Report of the Bombay Plague Committee
Disease focus: Plague
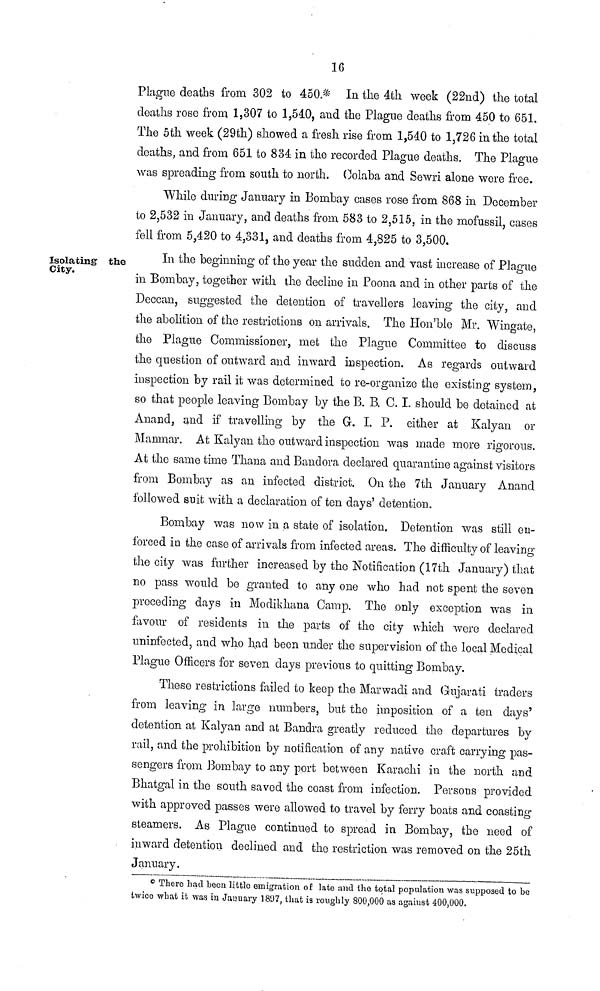
16
Plague deaths from 302 to 450.* In the 4th week (22nd) the total
deaths rose from 1,307 to 1,540, and the Plague deaths from 450 to 651.
The 5th week (29th) showed a fresh rise from 1,540 to 1,726 in the total
deaths, and from 651 to 834 in the recorded Plague deaths. The Plague
was spreading from south to north. Colaba and Sewri alone were free.
While during January in Bombay cases rose from 868 in December
to 2,532 in January, and deaths from 583 to 2,515, in the mofussil, cases
fell from 5,420 to 4,331, and deaths from 4,825 to 3,500.
isolating' the
City.
In the beginning of the year the sudden and vast increase of Plague
in Bombay, together with the decline in Poona and in other parts of the
Deccan, suggested the detention of travellers leaving the city, and
the abolition of the restrictions on arrivals. The Hon'ble Mr. Wingate,
the Plague Commissioner, met the Plague Committee to discuss
the question of outward and inward inspection. As regards outward
inspection by rail it was determined to re-organize the existing system,
so that people leaving Bombay by the B. B, C. I. should be detained at
Anand, and if travelling by the G. I. P. either at Kalyan or
Manmar. At Kalyan the outward inspection was made more rigorous.
At the same time Thana and Bandora declared quarantine against visitors
from Bombay as an infected district. On the 7th January Anand
followed suit with a declaration of ten days' detention.
Bombay was now in a state of isolation. Detention was still en-
forced in the case of arrivals from infected areas. The difficulty of leaving
the city was further increased by the Notification (17th January) that
no pass would be granted to any one who had not spent the seven
preceding days in Modikhana Camp. The only exception was in
favour of residents in the parts of the city which wore declared
uninfected, and who had been under the supervision of the local Medical
Plague Officers for seven days previous to quitting Bombay.
These restrictions failed to keep the Marwadi and Gujarati traders
from leaving in large numbers, but the imposition of a ten days'
detention at Kalyan and at Bandra greatly reduced the departures by
rail, and the prohibition by notification of any native craft carrying pas-
sengers from Bombay to any port between Karachi in the north and
Bhatgal in the south saved the coast from infection. Persons provided
with approved passes were allowed to travel by ferry boats and coasting
steamers. As Plague continued to spread in Bombay, the need of
inward detention declined and the restriction was removed on the 25th
January.
* There had been little emigration of late and the total population was supposed to bo
twice what it was in January 1897, that is roughly 800,000 as against 400,000.